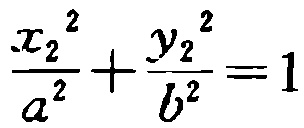
$\frac{x_{2}^{2}}{a^{2}}+\frac{y_{2}^{2}}{b^{2}}=1$